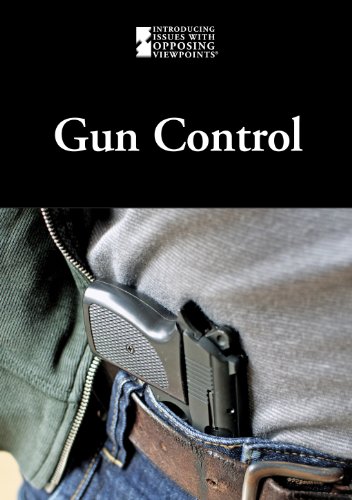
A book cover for Gun Control (Introducing Issues With Opposing Viewpoints); Teen & Young Adult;